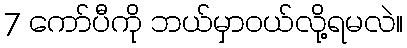
7 ကော်ပီကို ဘယ်မှာဝယ်လို့ရမလဲ။